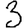
Digit: 3